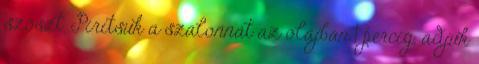
szószt. Pirítsuk a szalonnát az olajban 1 percig, adjuk